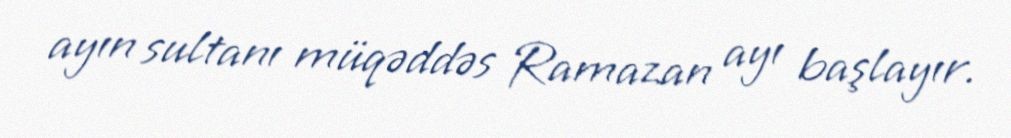
ayın sultanı müqəddəs Ramazan ayı başlayır.